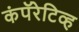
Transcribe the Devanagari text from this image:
कंपॅरेटिव्ह